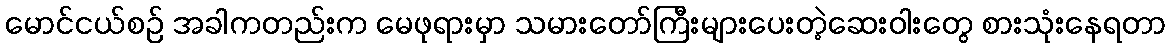
မောင်ငယ်စဉ် အခါကတည်းက မေဖုရားမှာ သမားတော်ကြီးများပေးတဲ့ဆေးဝါးတွေ စားသုံးနေရတာ